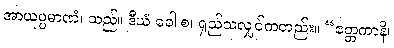
အာယုပ္ပမာဏံ၊ သည်။ ဒီဃံ ခေါ စ၊ ရှည်သလျှင်ကတည်း။ “ဧတ္တကာနိ၊